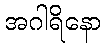
အဂါရိနော